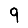
Digit: 9